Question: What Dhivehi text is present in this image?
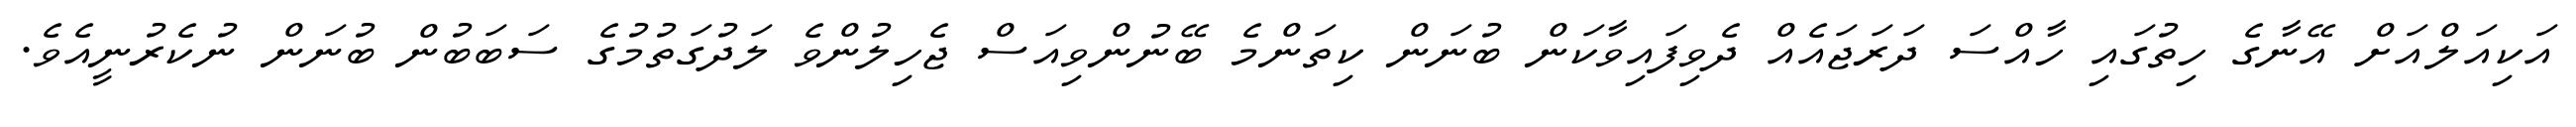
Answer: އަކިއަލްއަށް އޭނާގެ ހިތުގައި ހާއްސަ ދަރަޖައެއް ދެވިފައިވާކަން ބުނަން ކިތަންމެ ބޭނުންވިއަސް ޖެހިލުންވެ ލަދުގަތުމުގެ ސަބަބުން ބުނަން ނުކެރުނީއެވެ.